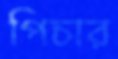
পিচার